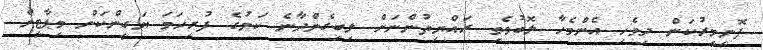
ފޮނިމީރުކަން ދިވެހި އެންމެހާ ލޮބުވެތި ރައްޔިތުންނަށް ލިބިގެންދާނެ ކަމުގެ ފުރިހަމަ ޔަގީންކަން މިޕާޓީން